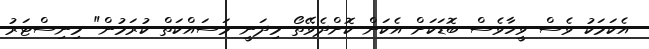
އެކަމަކު ވެސް ވީހާވެސް ބޮޑަކަށް އެކަން ކޮށްދެވޭތޯ މިދަނީ މަސައްކަތް ކުރަމުން" މިނިސްޓަރު